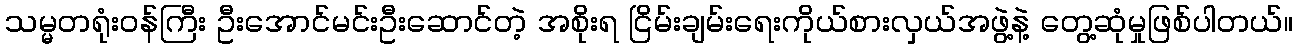
သမ္မတရုံးဝန်ကြီး ဦးအောင်မင်းဦးဆောင်တဲ့ အစိုးရ ငြိမ်းချမ်းရေးကိုယ်စားလှယ်အဖွဲ့နဲ့ တွေ့ဆုံမှုဖြစ်ပါတယ်။